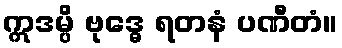
ဣဒမ္ပိ ဗုဒ္ဓေ ရတနံ ပဏီတံ။